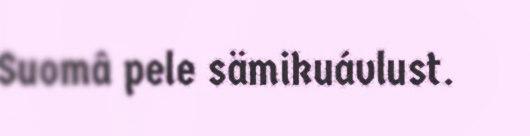
Suomâ pele sämikuávlust.